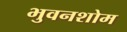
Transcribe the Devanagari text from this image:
भुवनशोम